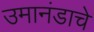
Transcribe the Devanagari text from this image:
उमानंडाचे